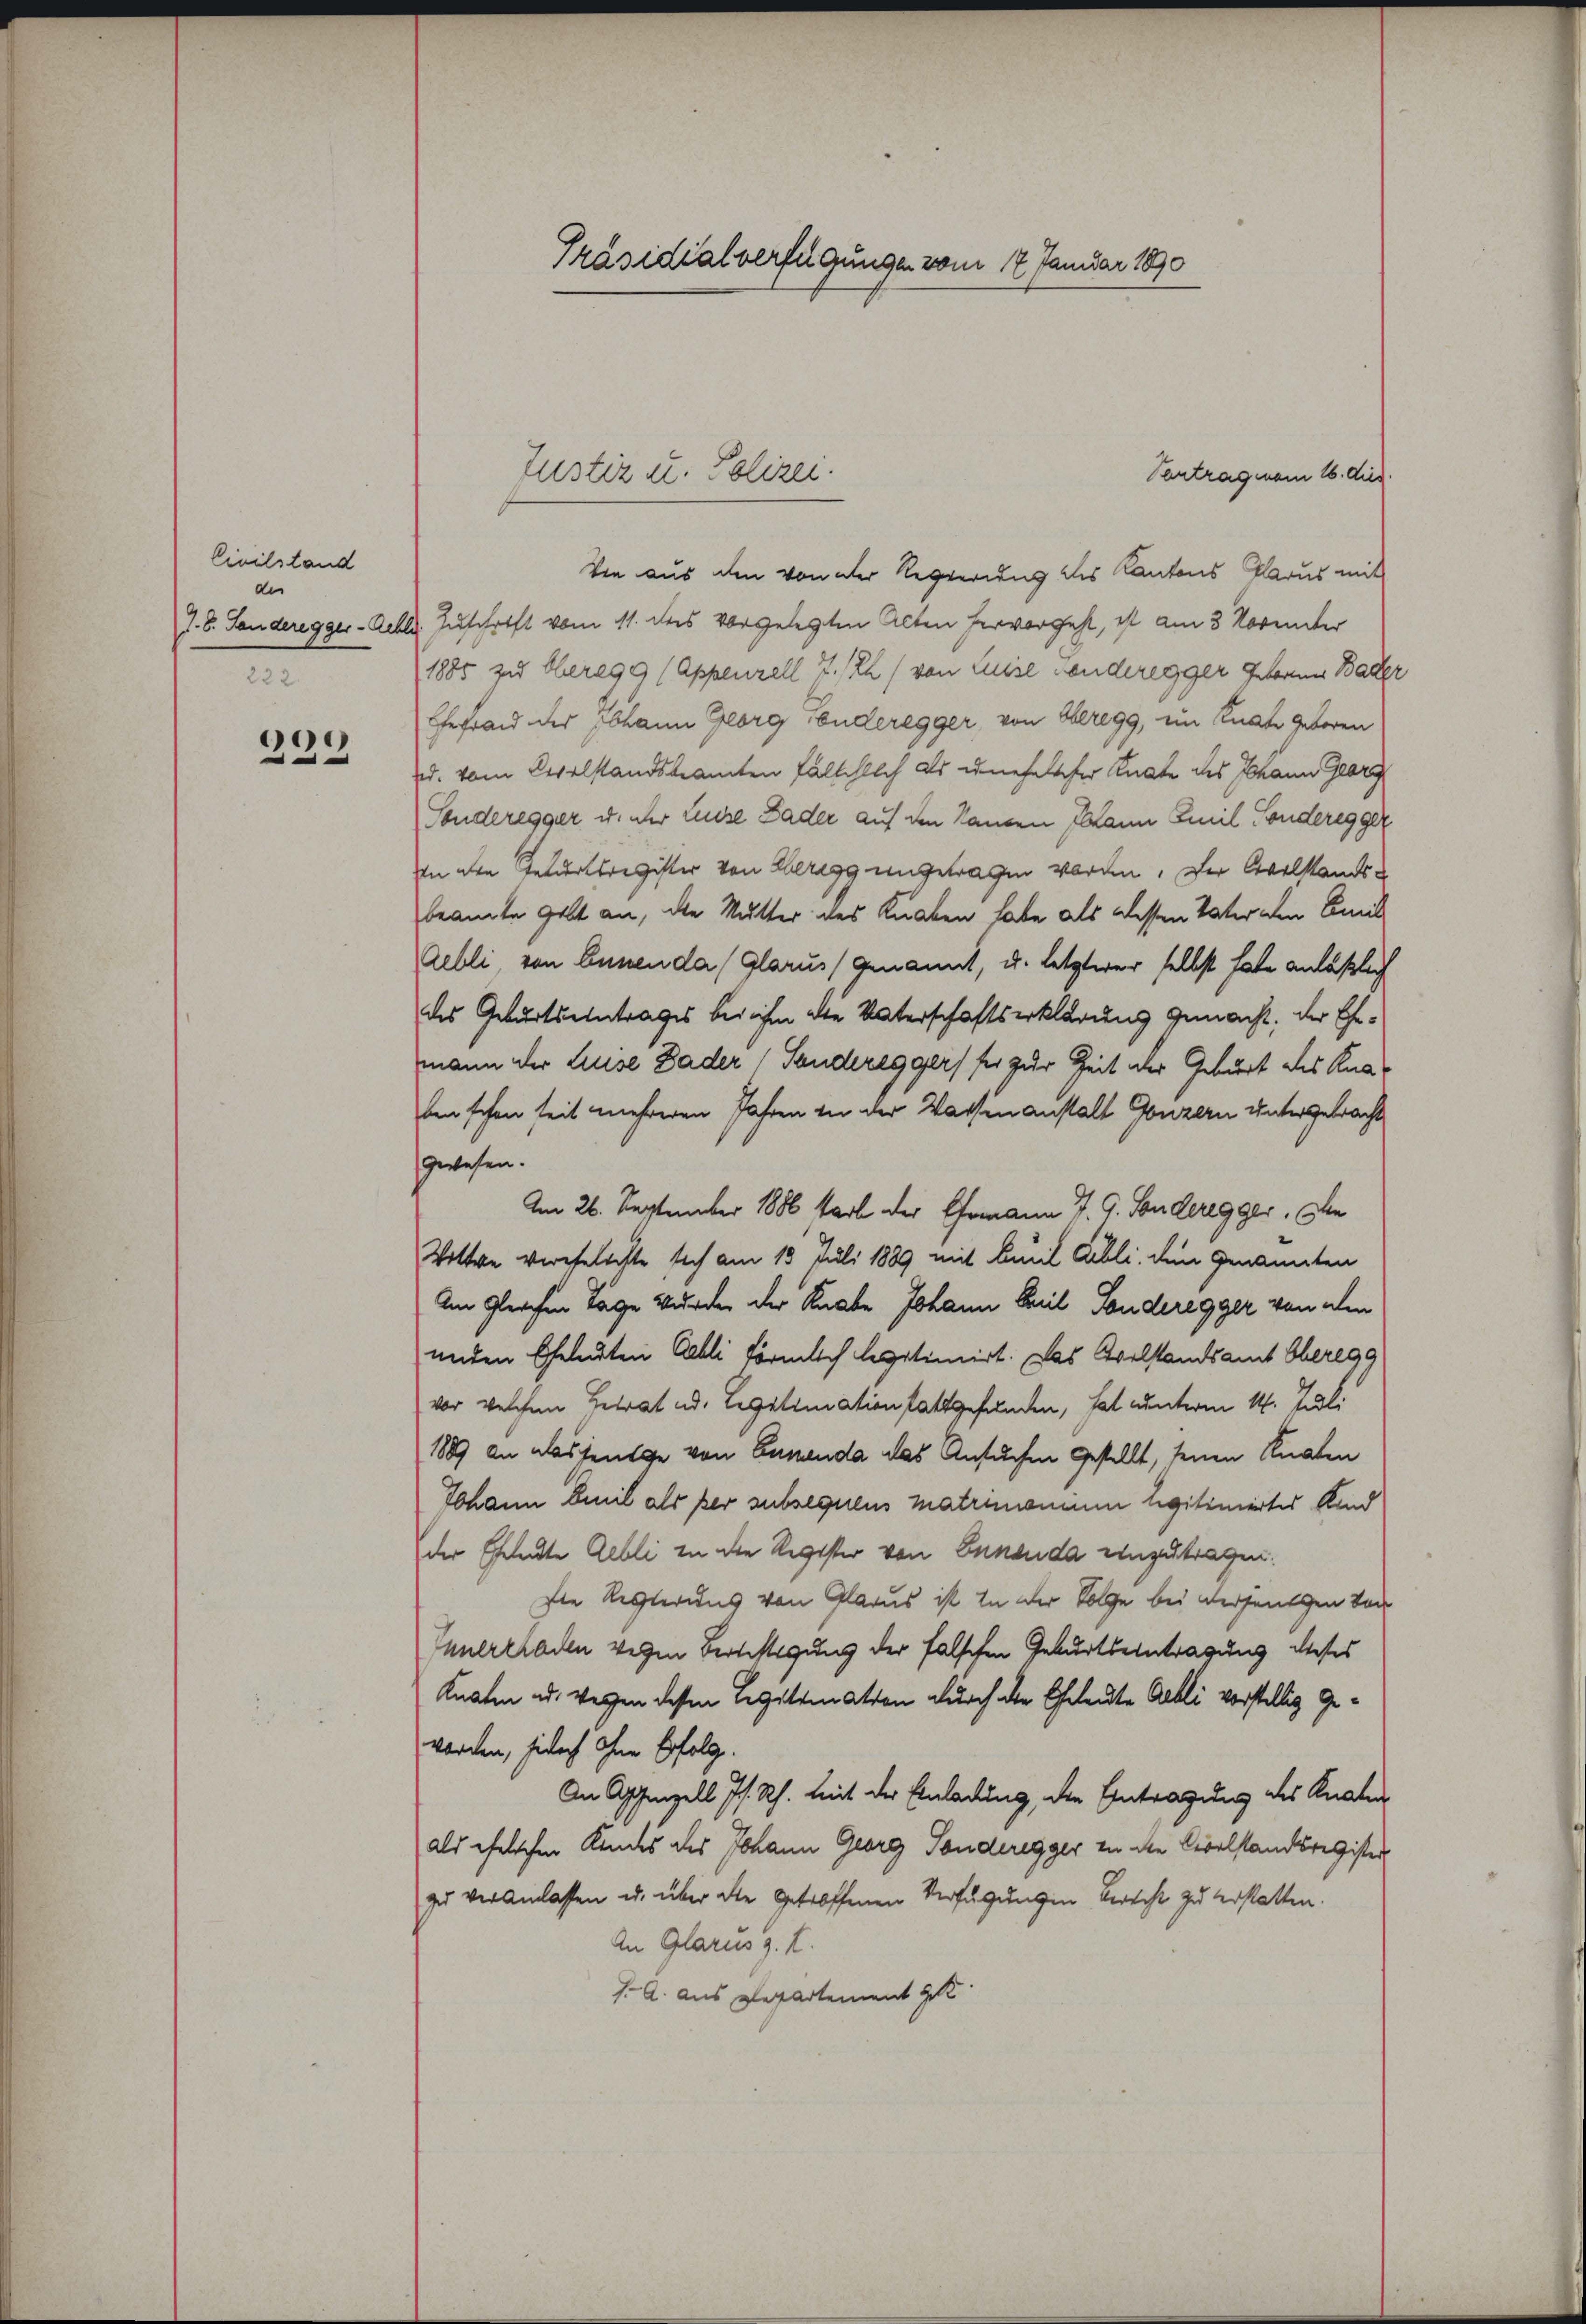
Civilstand
der
J. B. Landeregger- Rehle
222.

199

Präsidialverfügungen vom 17. Januar 1890

Vantrag man 16. dies.
Die aus den von der Regierung des Kantons Glarus mit
Zuschrift vom 11. des vorgelegten Acten hervorgeht, ist am 3. Vorunter
1885 zu Oberegg (Appenzell 7./2h/ von Luise senderegger Gebauer Bader
Gerad der Johann Georg Fonderegger, von Beregg, im Knate geboren
d. vom Cevelstandsbeamten fälschlich als unehelicher Knate des Johann Glarus
Sonderegger u. ihr Luise Bader auf den Randen Mann Emil Sonderegger
In den Feldertsregister von Beregg ungetragen worden. Der Civilstandsbeamte Gelt an, die Mutter des Knaben habe als dessen Vater den Amis
Aebli von Ennenda (Glarus (genannt, u. letzterer selbst habe anläßlich
des Geburtseintrages bei ihm die Unterschaftserklärung gemacht, der Ehemann der Luise Bader Sanderes gers sei zur Zeit der Geburt des Knabenschen seit mehreren Jahren in der Wassen anstalt Gonzern untergebracht
gwesen.
Am 26. September 1886 starb der Ehemann J. G. Sonderegger, In
Wittwe verehelichte sich am 13. Juli 1889 mit Emil Gibli, den genannten
Am gleichen Tage wurden der Knabe Johann Teil Sonderegger von den
unden Eheleuten Gabli förmlich legitimiert. Das Eselstandsamt Oberegg
vor welchen Betrat ad. Legitimationstattgefunden, hat unterm 14. Juli
1889 an das heutige von Zusenda das Ansuchen gestellt, seinen Knaten
Johann Emil als per subsequens matrimonium legitimiertes Kind
der Eheleute Gebli in die Register von Ennenda einzutragen.
Die Regierung von Glarus ist in der Folge bei Versangen von
Innereladen wegen Berechtigung der falschen Geburtseintragung dieses
Knaten ad. Weggen dessen Legitimation durch die Eheleute Albli vorstellig Geworden, jedoch ohne Erfolg.
An Appenzell Js. Rh. Zeit der Einladung, die Eintragung des Knaben
als ehelichen Kindes des Johann Georg Sonderegger zu die Civilstandsregister
zu veranlassen u. über die getroffenen Verfügungen berecht zu verstatten.
An Glarus g. T.
1. A. aus Repartement get

Justiz u. Polizei.